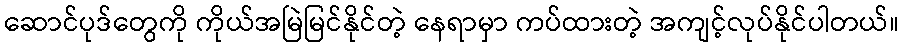
ဆောင်ပုဒ်တွေကို ကိုယ်အမြဲမြင်နိုင်တဲ့ နေရာမှာ ကပ်ထားတဲ့ အကျင့်လုပ်နိုင်ပါတယ်။